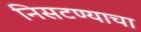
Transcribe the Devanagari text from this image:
निसटण्याचा